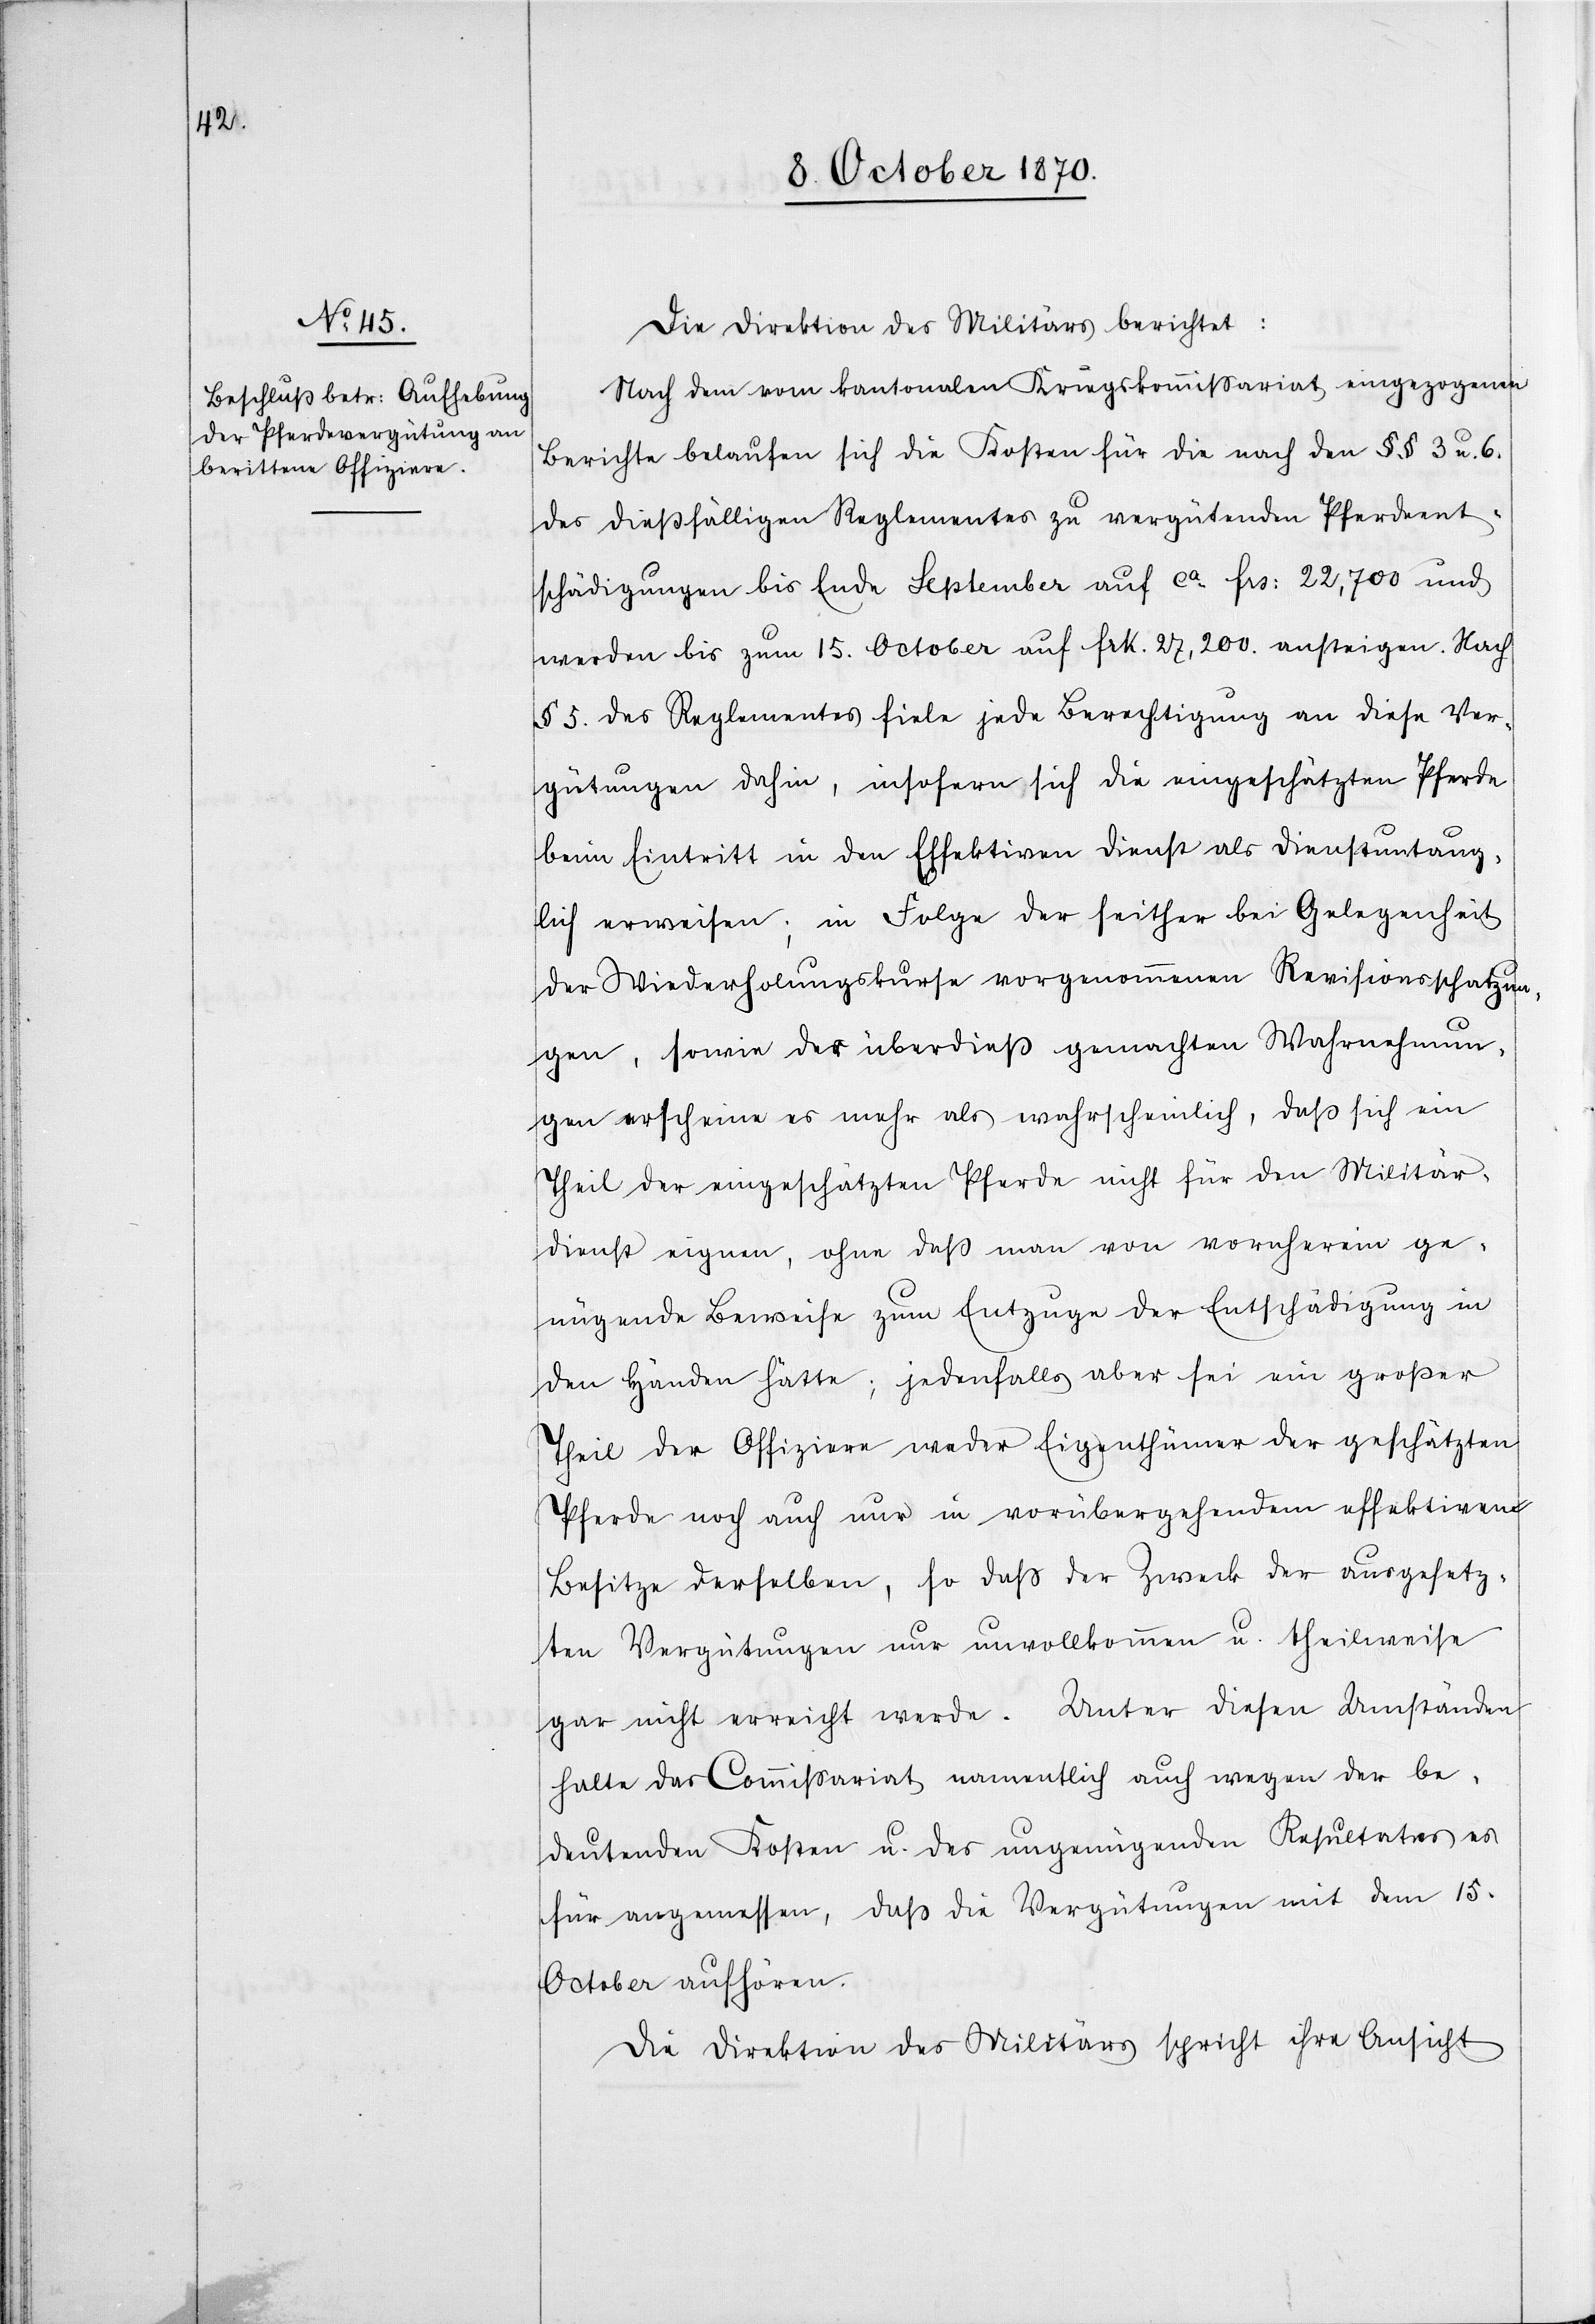
Die Direktion des Militärs berichtet:
Nach dem vom kantonalen Kriegskommissariat eingegangenen
Berichte belaufen sich die Kosten für die nach den §§ 3 u. 6.
des dießfälligen Reglementes zu vergütenden Pferdeent¬
schädigungen bis Ende September auf ca Fr: 22,700 und
werden bis zum 15. October auf Frk. 27,200 ansteigen. Nach
§ 5. des Reglementes fiele jede Berechtigung an diese Ver¬
gütungen dahin, insofern sich die eingeschätzten Pferde
beim Eintritt in den Effektiven Dienst als dienstuntaug¬
lich erweisen; in Folge der seither bei Gelegenheit
der Wiederholungskurse vorgenommenen Revisionsschätzun¬
gen, sowie der überdieß gemachten Wahrnehmun¬
gen erscheine es mehr als wahrscheinlich, daß sich ein
Theil der eingeschätzten Pferde nicht für den Militär¬
dienst eignen, ohne daß man von vornherein ge¬
nügende Beweise zum Entzuge der Entschädigung in
den Händen hätte; jedenfalls aber sei ein großer
Theil der Offiziere weder Eigenthümer der geschätzten
Pferde noch auch nur in vorübergehendem effektiven
Besitze derselben, so daß der Zweck der ausgesetz¬
ten Vergütungen nur unvollkommen u. theilweise
gar nicht erreicht werde. Unter diesen Umständen
halte das Commißariat namentlich auch wegen der be¬
deutenden Kosten u. des ungenügenden Resultates
für angemessen, daß die Vergütungen mit dem 15.
October aufhören.
Die Direktion des Militärs spricht ihre Ansicht